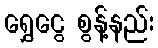
ရွှေငွေ စွန့်နည်း